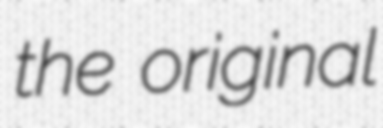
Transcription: the original